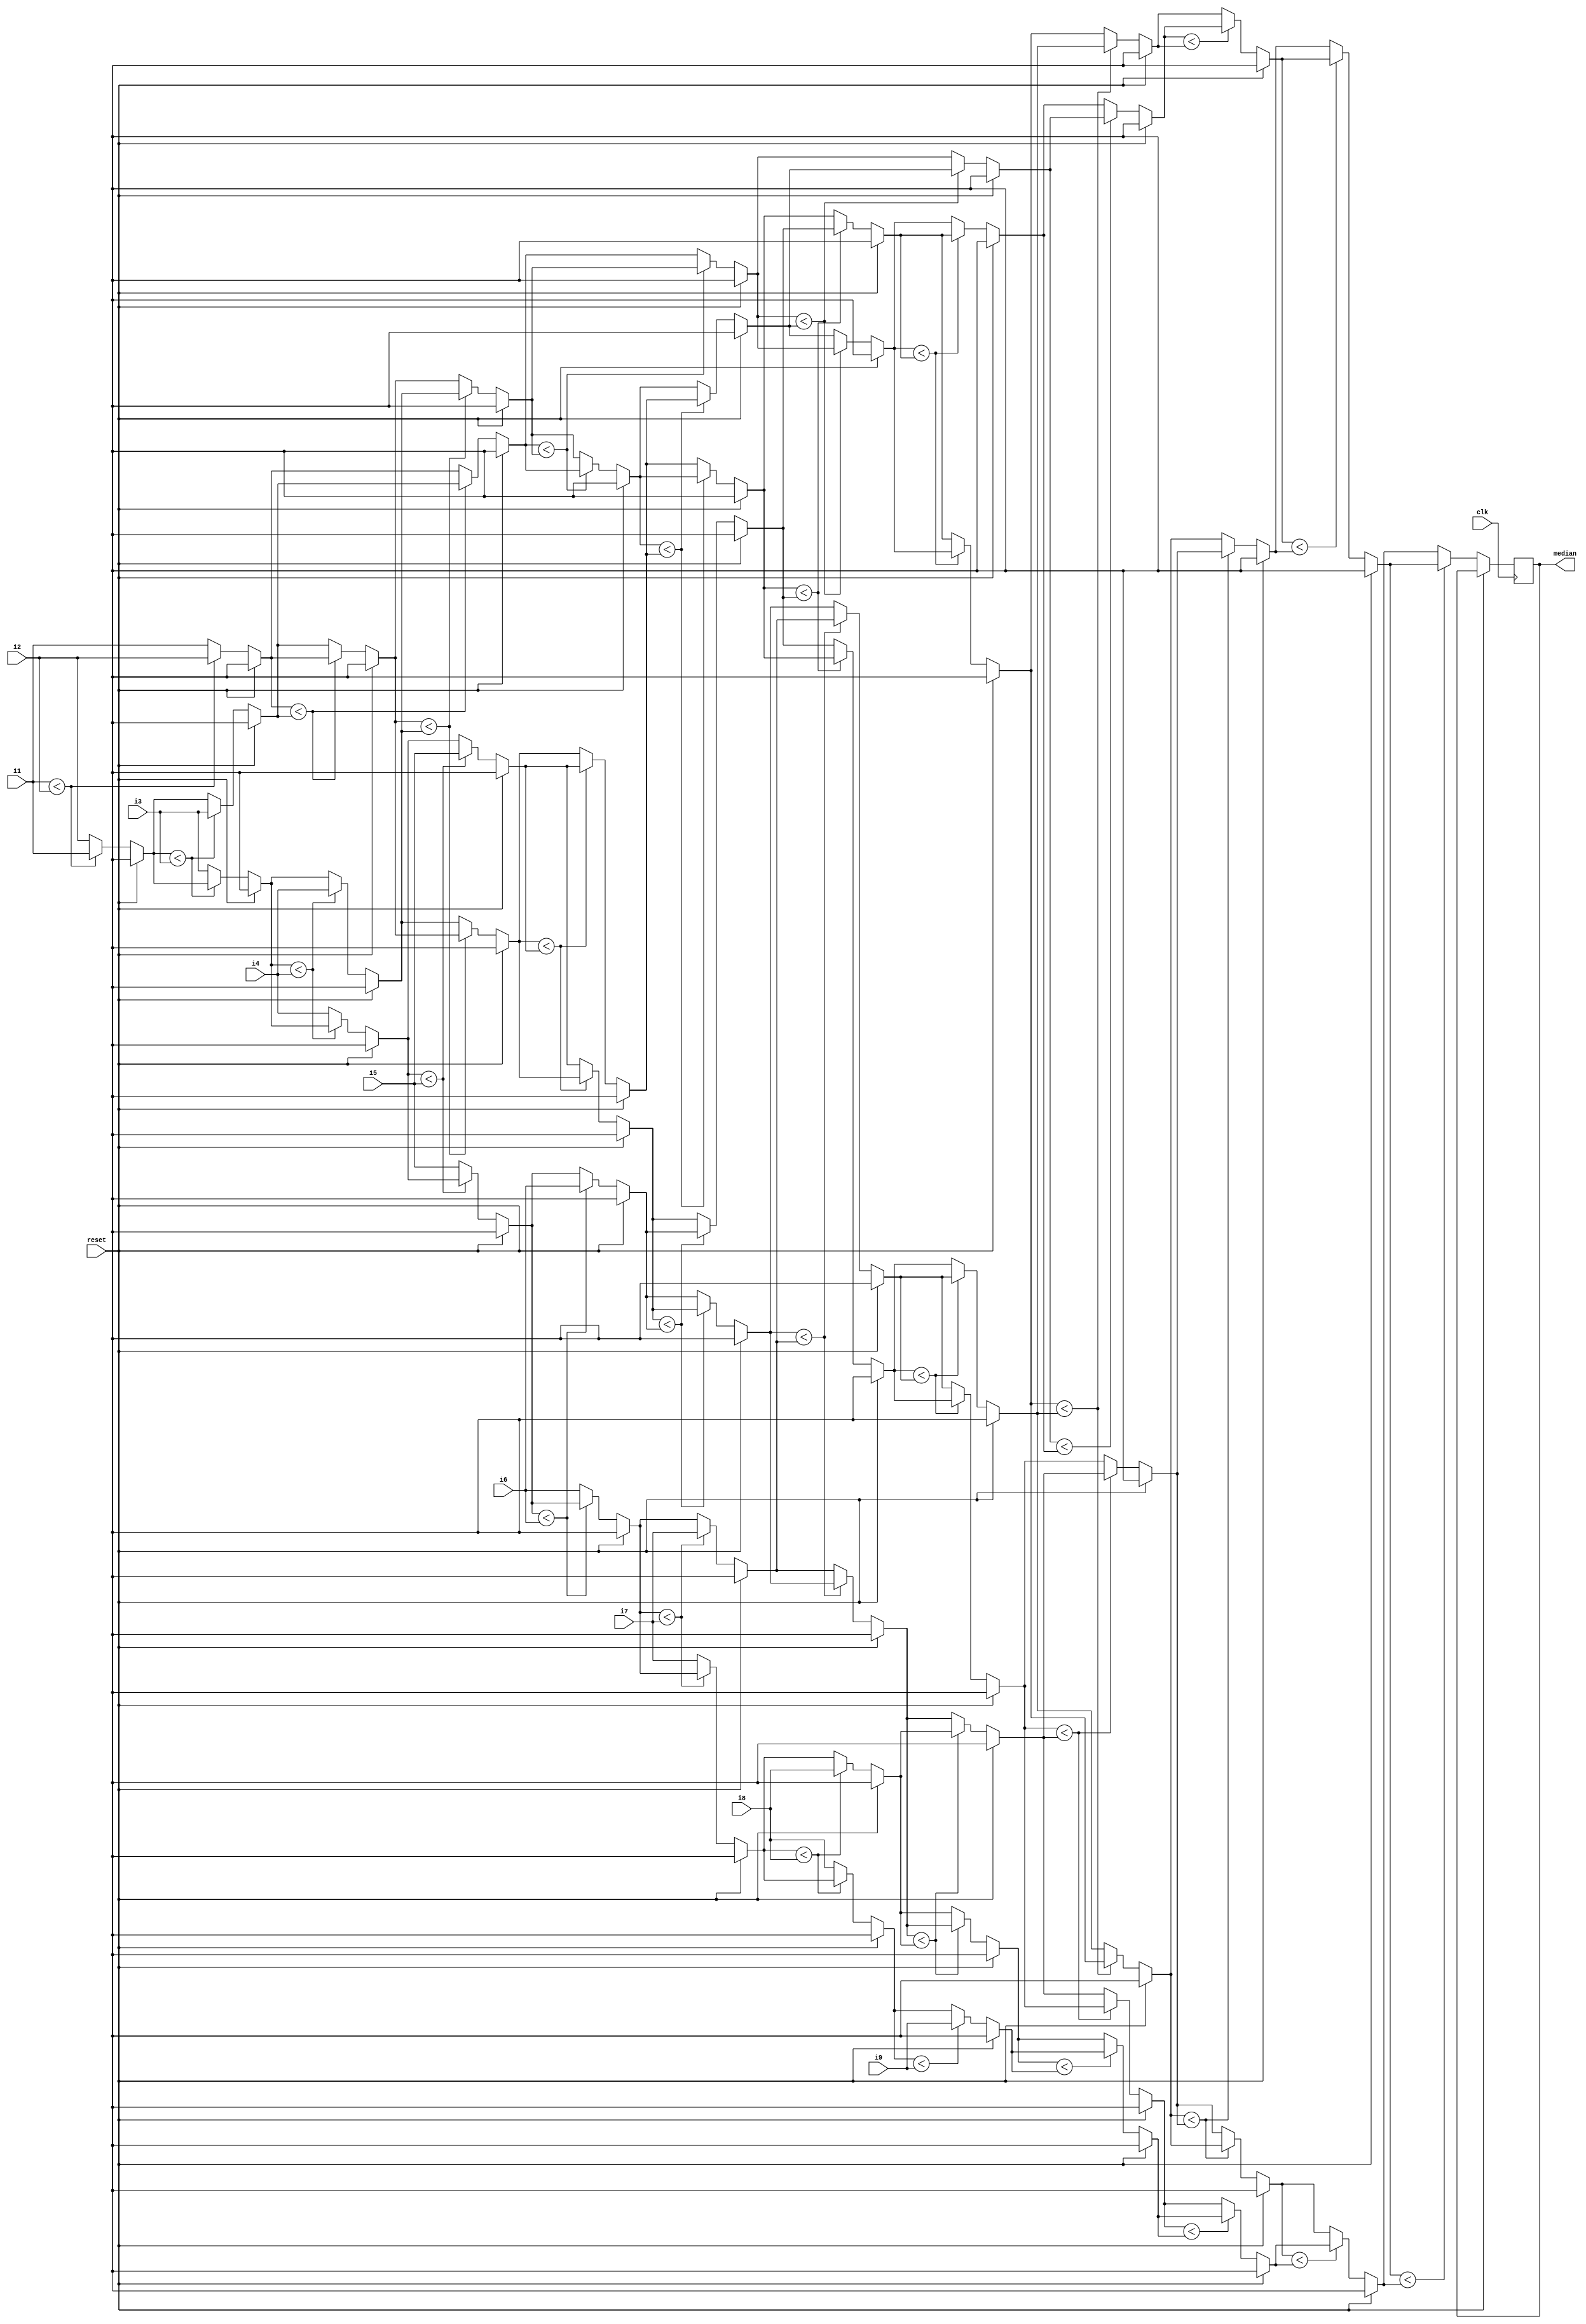
`timescale 1ns / 1ps



module sort_median(clk, reset, i1, i2, i3, i4, i5, i6, i7, i8, i9, median);

  parameter pix = 9; //Number of inputs
  parameter n = 8; //Size of the register

  input clk, reset;
  input [n-1:0] i1, i2, i3, i4, i5, i6, i7, i8, i9;
  output reg[7:0] median;


  
  integer i, j;
  reg [n-1:0] temp;
  reg [n-1:0] array [0:8];
  
  always @(negedge clk) begin 	
   if (reset) begin
	 array[0] = 0;
	 array[1] = 0;
	 array[2] = 0;
	 array[3] = 0;
	 array[4] = 0;
	 array[5] = 0;
	 array[6] = 0;
	 array[7] = 0;
	 array[8] = 0;
	end else begin 
    array[0] = i1;
	 array[1] = i2;
	 array[2] = i3;
	 array[3] = i4;
	 array[4] = i5;
	 array[5] = i6;
	 array[6] = i7;
	 array[7] = i8;
	 array[8] = i9;
	 
   for (i = pix-1; i > 0; i = i - 1) begin
            for (j = 0 ; j < i; j = j + 1) begin
                if (array[j] < array[j + 1]) begin
                    temp = array[j];
                    array[j] = array[j + 1];
                    array[j + 1] = temp;
                end 
            end
        end
  median = array[4]; 
  end
end //always
  

  
endmodule